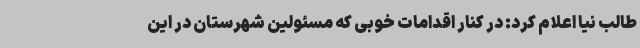
طالب نیا اعلام کرد: در کنار اقدامات خوبی که مسئولین شهرستان در این